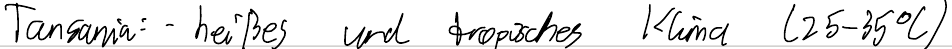
Tansania: - heißes und tropisches Klima (25-35°C)